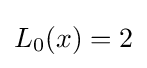
L_{0}(x)=2